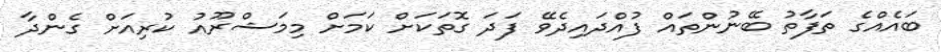
ބައެއްގެ ތަފާތު ބޭނުންތައް ފުއްދައިދެވޭ ފަދަ ގޮތަކަށް ކަމަށް މިމަޝްރޫއު ކުރިއަށް ގެންދާ